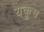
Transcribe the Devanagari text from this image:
यकुम